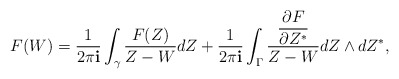
\begin{align*}F(W) = \frac{1}{2\pi{\bf i}} \int_{\gamma} \frac{F(Z)}{Z - W} dZ + \frac{1}{2\pi{\bf i}}\int_{\Gamma} \frac{\dfrac{\partial F}{\partial Z^*}}{Z - W}dZ \wedge dZ^*,\end{align*}